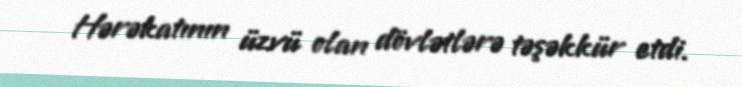
Hərəkatının üzvü olan dövlətlərə təşəkkür etdi.